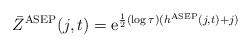
\begin{align*}\bar{Z}^{\rm ASEP}(j,t) = \mathrm{e}^{\frac{1}{2}(\log\tau) (h^{\rm ASEP}(j,t) +j)} \end{align*}